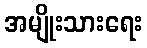
အမျိုးသားရေး